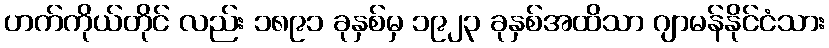
ဟက်ကိုယ်တိုင် လည်း ၁၈၉၁ ခုနှစ်မှ ၁၉၂၃ ခုနှစ်အထိသာ ဂျာမန်နိုင်ငံသား